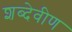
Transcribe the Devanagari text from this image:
शब्देवीण